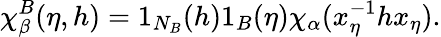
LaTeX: \chi_{\beta}^{B}(\eta,h)=1_{N_{B}}(h)1_{B}(\eta)\chi_{\alpha}(x_{\eta}^{-1}hx_{\eta}).